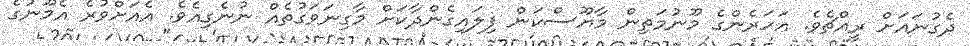
ދެގުނައަށް ރީއްޗެވެ. އަހަރެންގެ މޫނުމަތިން މާޔޫސްކަން ފިލައިގެންދާކަށް މާގިނަވަގުތެއް ނުނެގިއެވެ. އެއަށްވުރެ އެމޫނުގެ